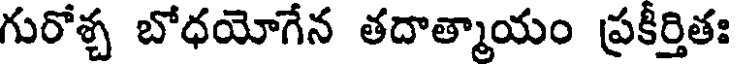
గురోశ్చ బోధయోగేన తదాత్మాయం ప్రకీర్తితః